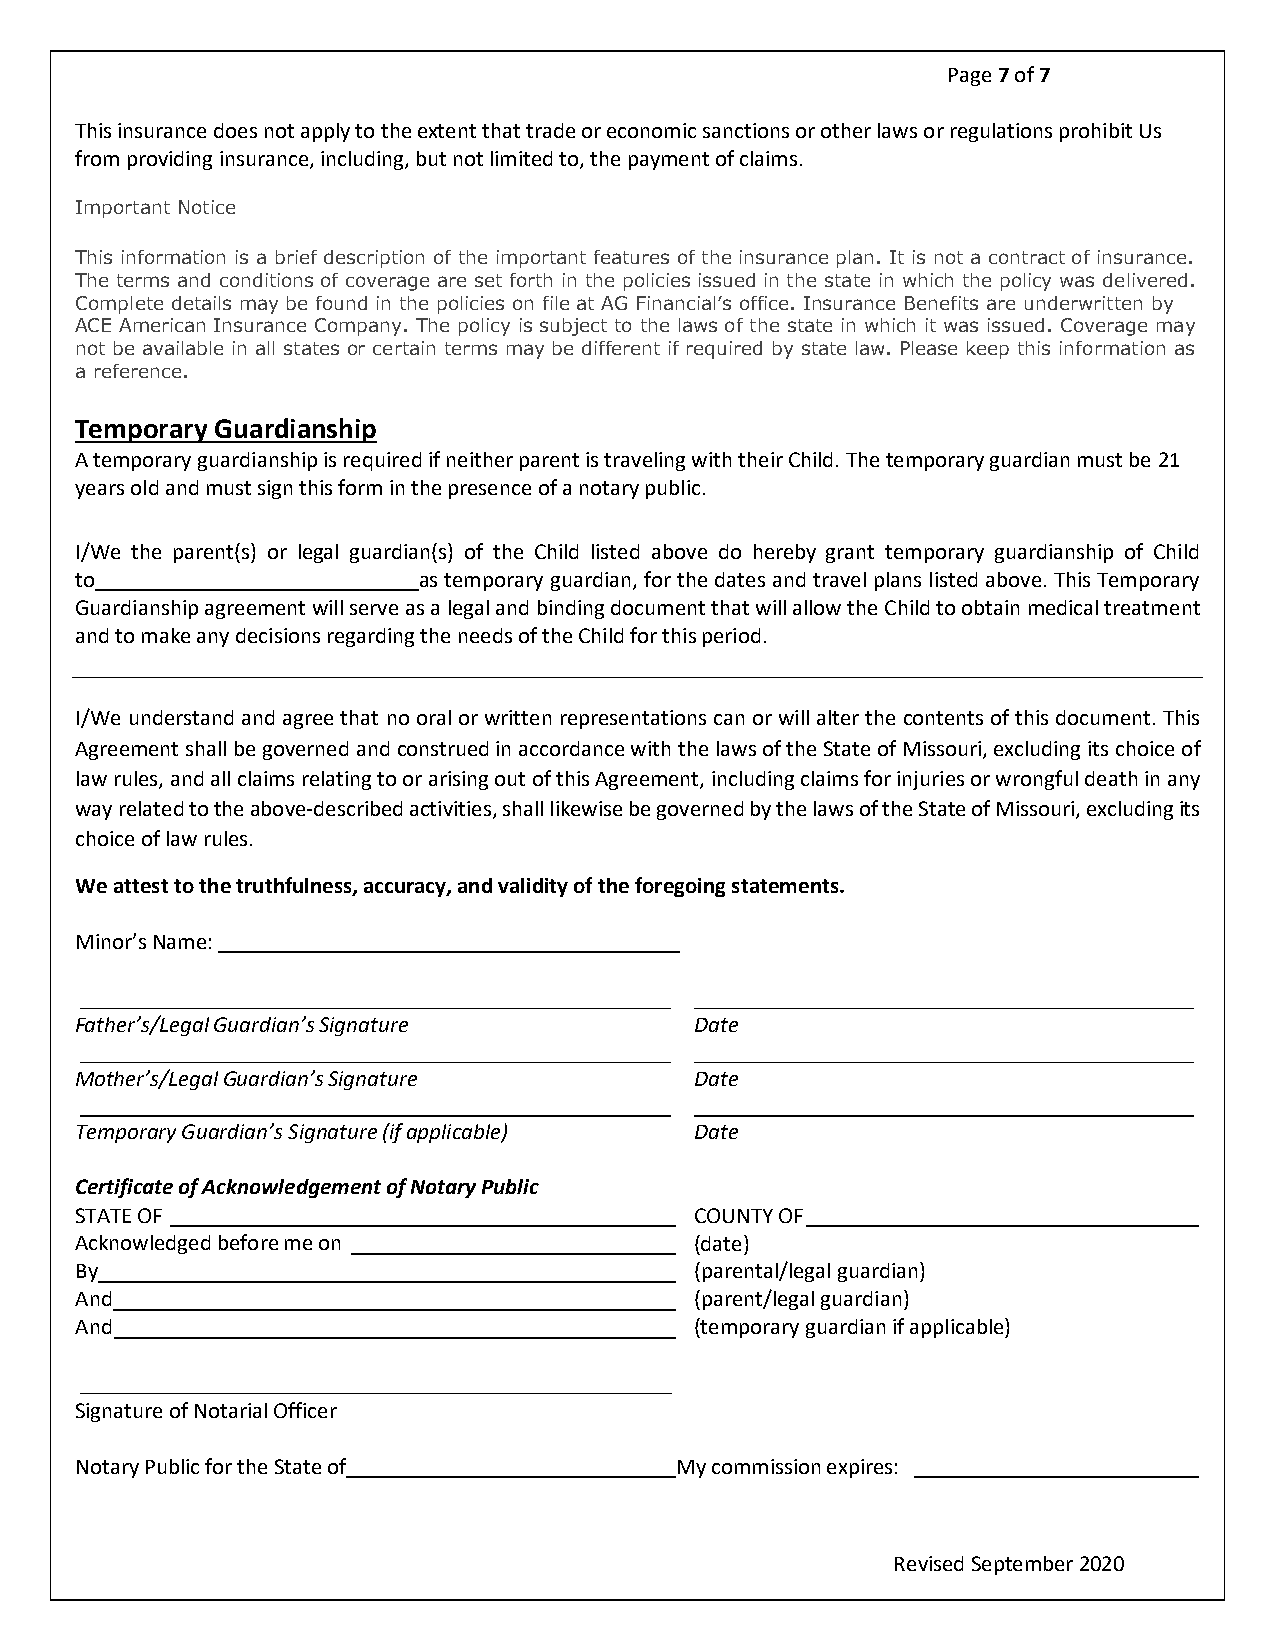
Page 7 of 7
 This insurance does not apply to the extent that trade or economic sanctions or other laws or regulations prohibit Us
 from providing insurance, including, but not limited to, the payment of claims.
 Important Notice
 This information is a brief description of the important features of the insurance plan. It is not a contract of insurance.
 The terms and conditions of coverage are set forth in the policies issued in the state in which the policy was delivered.
 Complete details may be found in the policies on file at AG Financial’s office. Insurance Benefits are underwritten by
 ACE American Insurance Company. The policy is subject to the laws of the state in which it was issued. Coverage may
 not be available in all states or certain terms may be different if required by state law. Please keep this information as
 a reference.
 Temporary Guardianship
 A temporary guardianship is required if neither parent is traveling with their Child. The temporary guardian must be 21
 years old and must sign this form in the presence of a notary public.
 I/We the parent(s) or legal guardian(s) of the Child listed above do hereby grant temporary guardianship of Child
 to                     as temporary guardian, for the dates and travel plans listed above. This Temporary
 Guardianship agreement will serve as a legal and binding document that will allow the Child to obtain medical treatment
 and to make any decisions regarding the needs of the Child for this period.
 I/We understand and agree that no oral or written representations can or will alter the contents of this document. This
 Agreement shall be governed and construed in accordance with the laws of the State of Missouri, excluding its choice of
 law rules, and all claims relating to or arising out of this Agreement, including claims for injuries or wrongful death in any
 way related to the above-described activities, shall likewise be governed by the laws of the State of Missouri, excluding its
 choice of law rules.
 We attest to the truthfulness, accuracy, and validity of the foregoing statements.
 Minor’s Name:
 Father’s/Legal Guardian’s Signature      Date
 Mother’s/Legal Guardian’s Signature      Date
 Temporary Guardian’s Signature (if applicable) Date
 Certificate of Acknowledgement of Notary Public
 STATE OF                                 COUNTY OF
 Acknowledged before me on                (date)
 By                                       (parental/legal guardian)
 And                                      (parent/legal guardian)
 And                                      (temporary guardian if applicable)
 Signature of Notarial Officer
 Notary Public for the State of          My commission expires:
 Revised September 2020